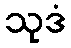
သုဒံ